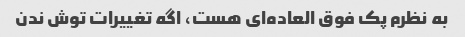
به نظرم پک فوق العاده‌ای هست، اگه تغییرات توش ندن